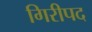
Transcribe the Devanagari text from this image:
गिरीपद